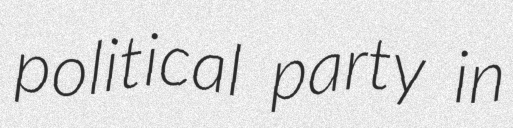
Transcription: political party in